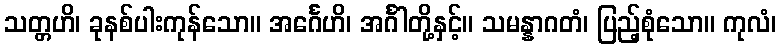
သတ္တဟိ၊ ခုနစ်ပါးကုန်သော။ အင်္ဂေဟိ၊ အင်္ဂါတို့နှင့်။ သမန္နာဂတံ၊ ပြည့်စုံသော။ ကုလံ၊